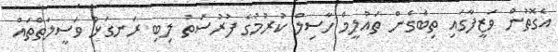
އެގޮތުން ވަޒީފާގައި ތިބެގެން ތައުލީމް ހާސިލް ކުރުމުގެ ފުރުސަތު ލިބި ރަނގަޅު ވަސީލަތްތައް